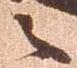
之